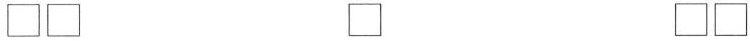
\Box \Box \Box \Box\Box